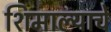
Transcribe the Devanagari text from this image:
शिमाल्याचे